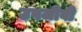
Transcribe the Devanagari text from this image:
उपजीवी